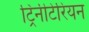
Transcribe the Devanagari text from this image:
ट्रिनीटेरियन